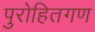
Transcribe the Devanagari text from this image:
पुरोहितगण